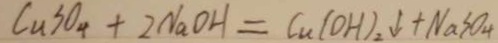
C u S O _ { 4 } + 2 N a O H = C u ( O H ) _ { 2 } \downarrow + N a S O _ { 4 }